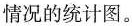
情况的统计图。